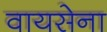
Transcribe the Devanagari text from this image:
वायसेना